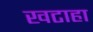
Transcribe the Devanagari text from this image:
खटाहा